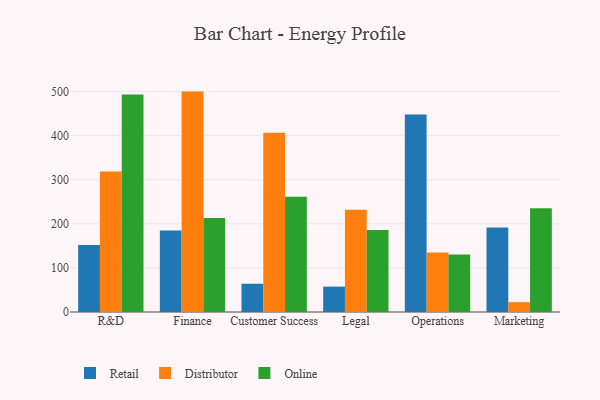
{"axis": {"x": "Department", "y": "LTV (USD)"}, "legend": ["Distributor", "Online", "Retail"], "data": [{"x": "R&D", "y": 152.2, "type": "Retail"}, {"x": "R&D", "y": 318.8, "type": "Distributor"}, {"x": "R&D", "y": 493.1, "type": "Online"}, {"x": "Finance", "y": 185.0, "type": "Retail"}, {"x": "Finance", "y": 499.9, "type": "Distributor"}, {"x": "Finance", "y": 213.0, "type": "Online"}, {"x": "Customer Success", "y": 64.1, "type": "Retail"}, {"x": "Customer Success", "y": 406.6, "type": "Distributor"}, {"x": "Customer Success", "y": 261.2, "type": "Online"}, {"x": "Legal", "y": 57.6, "type": "Retail"}, {"x": "Legal", "y": 232.2, "type": "Distributor"}, {"x": "Legal", "y": 186.2, "type": "Online"}, {"x": "Operations", "y": 448.2, "type": "Retail"}, {"x": "Operations", "y": 134.9, "type": "Distributor"}, {"x": "Operations", "y": 130.2, "type": "Online"}, {"x": "Marketing", "y": 191.6, "type": "Retail"}, {"x": "Marketing", "y": 22.3, "type": "Distributor"}, {"x": "Marketing", "y": 235.1, "type": "Online"}]}